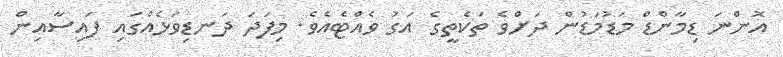
އޮންނަ ޑިމާންޑް މަޑުމަޑުން ދަށްވެ ތަކެތީގެ އަގު ވެއްޓެއެވެ. މިފަދަ ދަނޑިވަޅެއްގައި ފައިސާއިން